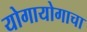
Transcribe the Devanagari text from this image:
योगायोगाचा